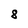
Character: 8